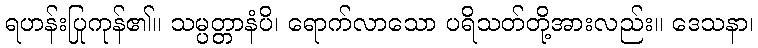
ရဟန်းပြုကုန်၏။ သမ္ပတ္တာနံပိ၊ ရောက်လာသော ပရိသတ်တို့အားလည်း။ ဒေသနာ၊